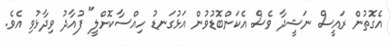
އެގޮތުން ރައީސް ނަޝީދާ ވެސް އެކަންބޮޑުވުން އަޅުގަނޑު ހިއްސާކޮށްލީ" ފުއާދު ވިދާޅުވި އެވެ.